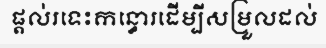
ផ្តល់រទេះកន្ធោរដើម្បីសម្រួលដល់